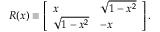
R ( x ) \equiv \left[ \begin{array} { l l } { x } & { \sqrt { 1 - x ^ { 2 } } } \\ { \sqrt { 1 - x ^ { 2 } } } & { - x } \end{array} \right] .